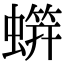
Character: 䗗